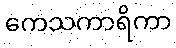
ကေသကာရိကာ